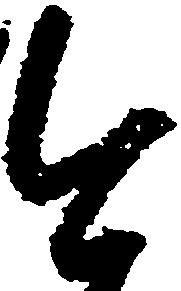
今